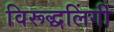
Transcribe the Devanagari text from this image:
विरूद्धलिंगी